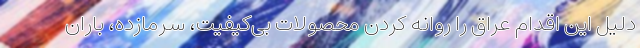
دلیل این اقدام عراق را روانه کردن محصولات بی‌کیفیت، سرمازده، باران